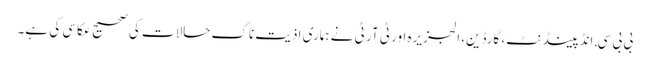
بی بی سی, انڈپینڈنٹ، گارڈین، الجزیرہ اور ٹی آر ٹی نے ہماری اذیت ناک حالات کی صحیح عکاسی کی ہے۔